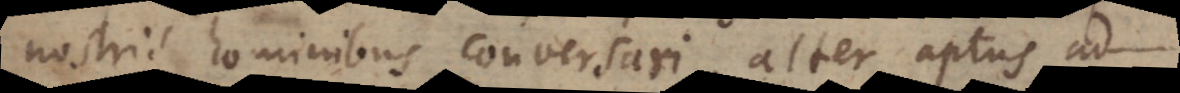
nostris hominibus conversari, alter aptus ad